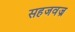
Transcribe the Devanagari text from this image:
सहजवज्र